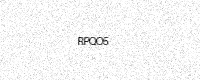
Text: RPQO5